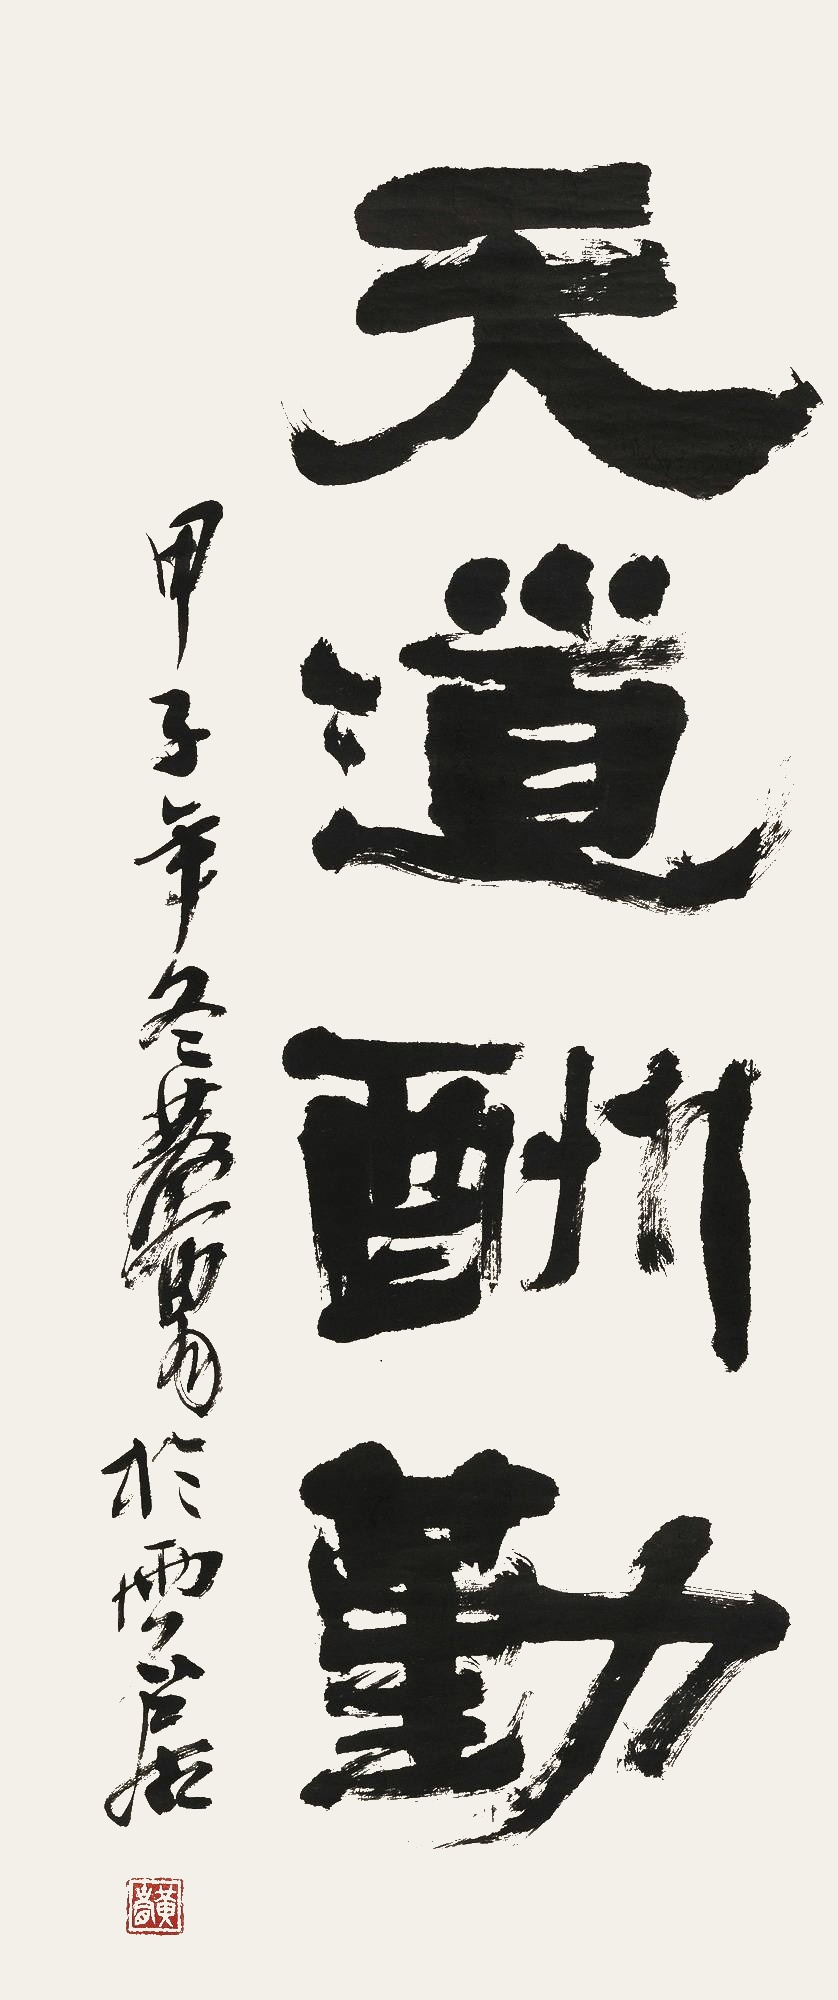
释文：天道酬勤甲子年冬，黄胄于雨石居。